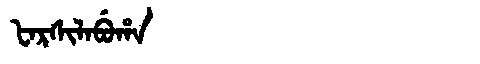
Manchu: ᡶᠠᡵᠰᡳᠯᠠᠪᡠᡥᠠ
Romanization: FARSILABUHA